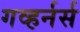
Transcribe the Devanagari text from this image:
गव्हर्नर्स